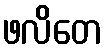
ဖလိတေ